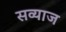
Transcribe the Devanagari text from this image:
सव्याज